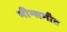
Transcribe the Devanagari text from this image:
मीन्समीट